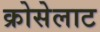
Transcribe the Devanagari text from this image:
क्रोसेलाट